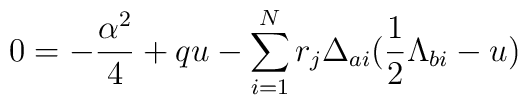
0=-{\alpha^2\over4}+qu-\sum_{i=1}^Nr_j\Delta_{ai}({1\over2}\Lambda_{bi}-u)